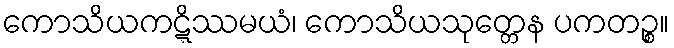
ကောသိယကဋ္ဋိဿမယံ၊ ကောသိယသုတ္တေန ပကတဉ္စ။